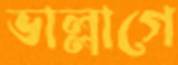
ভাল্লাগে